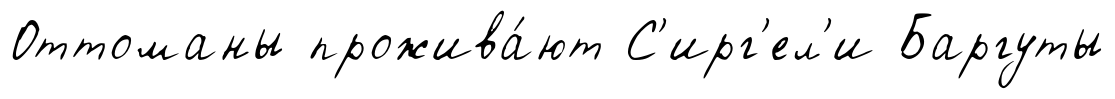
Оттоманы прожива́ют С'ирг'ел'и Баргуты